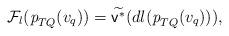
LaTeX: \begin{align*}\mathcal{F}_l(\emph p_{TQ}(v_q)) = \widetilde{\mathsf{v}^*}(dl(\emph p_{TQ}(v_q))),\end{align*}